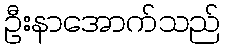
ဦးနာအောက်သည်